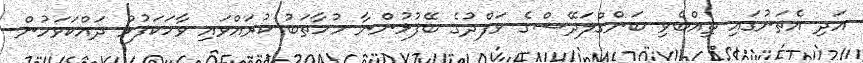
އަދި އެތަނުގައި ތިއްބެވި ބަންގްލަދޭޝްގެ ވަފްދުގެ ބޭފުޅުންނާ މުހާތަބު ކުރައްވައި ވާހަކަފުޅު ދައްކަވަމުން